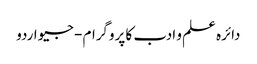
دائرہ علم و ادب کا پروگرام - جیو اردو